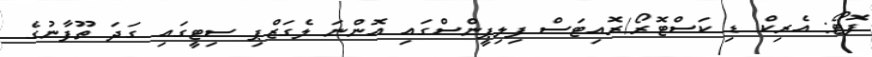
ފޮޓޯ: އެރިކް ޑި ކަސްޓޮރޯ/ރޮއިޓަސް ފިލިޕީންސްގައި އޮންނަ ލެގަޒްޕި ސިޓީގައި ގަދަ ތޫފާނުގެ